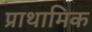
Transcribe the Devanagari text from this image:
प्राथामिक